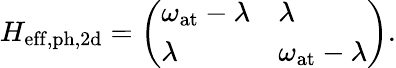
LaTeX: H_{\mathrm{eff,ph,2d}}=\left(\begin{array}{ll}{\omega_{\mathrm{at}}-\lambda}&{\lambda}\\ {\lambda}&{\omega_{\mathrm{at}}-\lambda}\end{array}\right).